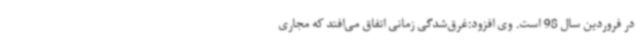
در فروردین سال 98 است. وی افزود:غرق‌شدگی زمانی اتفاق می‌افتد که مجاری